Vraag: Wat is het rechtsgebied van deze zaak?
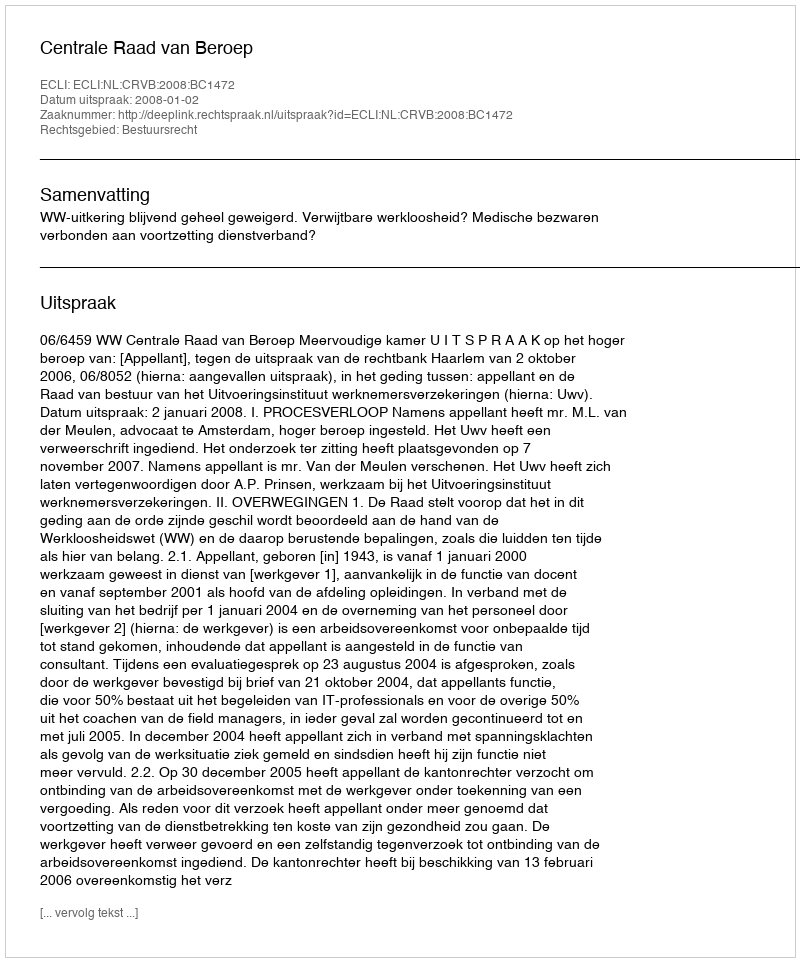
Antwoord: Bestuursrecht